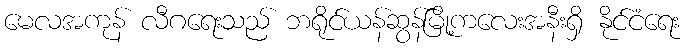
မေလအကုန် လီဂရေးသည် ဘရိုင်ယန်ဆွန်မြို့ကလေးအနီးရှိ နိုင်ငံရေး